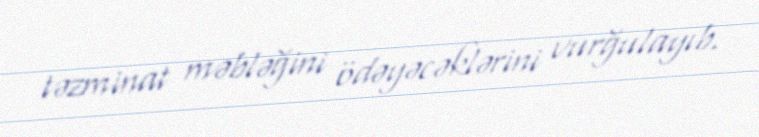
təzminat məbləğini ödəyəcəklərini vurğulayıb.